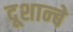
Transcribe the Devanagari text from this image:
दूशान्बे